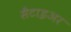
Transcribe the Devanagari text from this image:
सैटाइअर